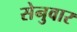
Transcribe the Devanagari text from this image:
सेनुवार